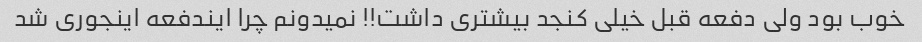
خوب بود ولی دفعه قبل خیلی کنجد بیشتری داشت!! نمیدونم چرا ایندفعه اینجوری شد